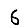
Digit: 6